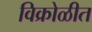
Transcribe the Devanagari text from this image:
विक्रोळीत